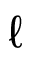
\ell